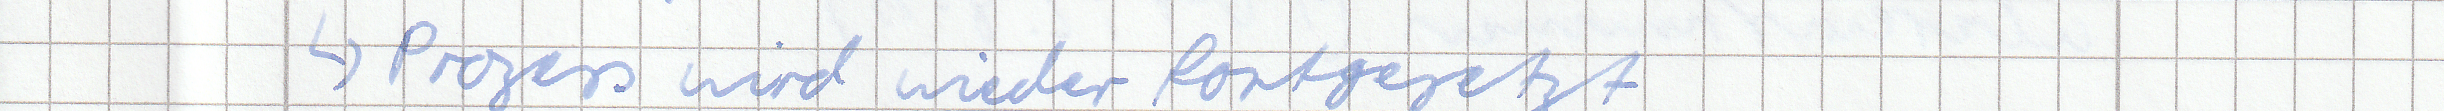
-> Prozess wird wieder fortgesetzt